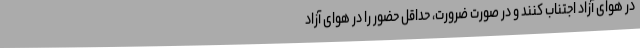
در هوای آزاد اجتناب کنند و در صورت ضرورت، حداقل حضور را در هوای آزاد